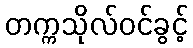
တက္ကသိုလ်ဝင်ခွင့်